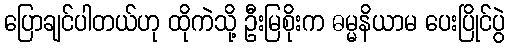
ပြောချင်ပါတယ်ဟု ထိုကဲသို့ ဦးမြစိုးက ဓမ္မနိယာမ ပေးပြိုင်ပွဲ